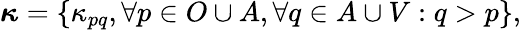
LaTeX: {\boldsymbol{\kappa}}=\{ \kappa_{pq},\forall{p\in O\cup A},\forall{q\in A\cup V}:q>p\} ,